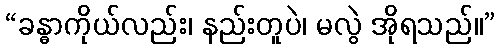
“ခန္ဓာကိုယ်လည်း၊ နည်းတူပဲ၊ မလွဲ အိုရသည်။”